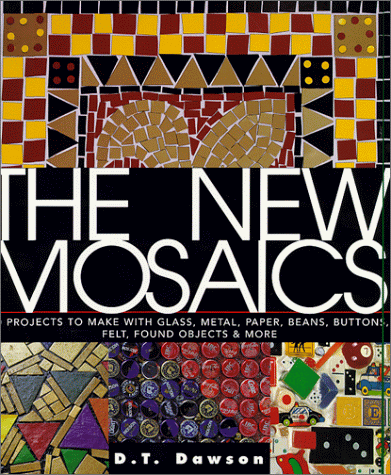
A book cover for The New Mosaics; Arts & Photography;